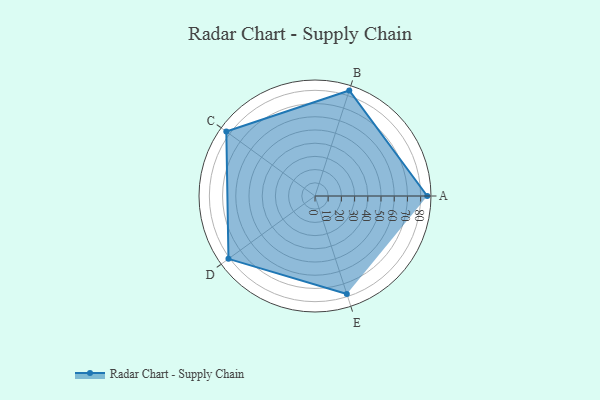
{"axis": {"x": "Skill", "y": "Score"}, "legend": ["Profile"], "data": [{"x": "A", "y": 85.0, "type": "Profile"}, {"x": "B", "y": 84.0, "type": "Profile"}, {"x": "C", "y": 83.0, "type": "Profile"}, {"x": "D", "y": 81.0, "type": "Profile"}, {"x": "E", "y": 78.0, "type": "Profile"}]}